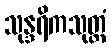
သုန္ဒရိကသုတ္တံ